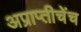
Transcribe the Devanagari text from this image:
अप्राप्तीचेंच